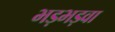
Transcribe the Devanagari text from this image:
भड़भड़वा